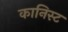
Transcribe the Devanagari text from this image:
कानिस्ट